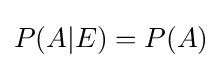
P(A|E)=P(A)